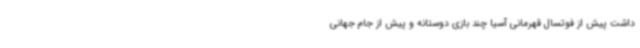
داشت پیش از فوتسال قهرمانی آسیا چند بازی دوستانه و پیش از جام جهانی